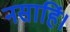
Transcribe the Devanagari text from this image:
नसाहिं।